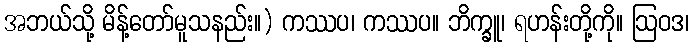
အဘယ်သို့ မိန့်တော်မူသနည်း။) ကဿပ၊ ကဿပ။ ဘိက္ခူ၊ ရဟန်းတို့ကို။ ဩဝဒ၊